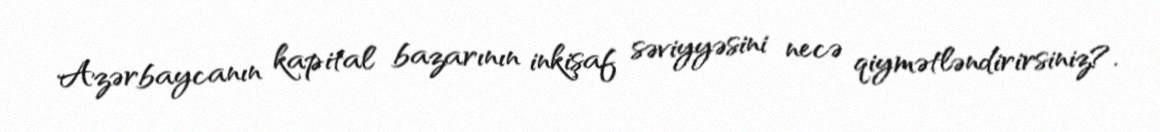
Azərbaycanın kapital bazarının inkişaf səviyyəsini necə qiymətləndirirsiniz?.